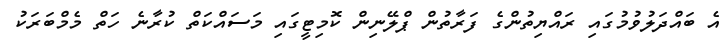
އެ ބައްދަލުވުމުގައި ރައްޔިތުންގެ ފަރާތުން ޕްލޭނިން ކޮމިޓީގައި މަސައްކަތް ކުރާނެ ހަތް މެމްބަރަކު